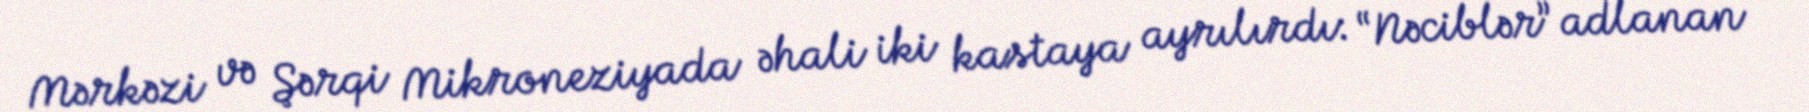
Mərkəzi və Şərqi Mikroneziyada əhali iki kastaya ayrılırdı: “Nəciblər” adlanan